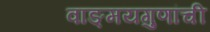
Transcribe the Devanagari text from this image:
वाङ्‌मयगुणांची